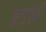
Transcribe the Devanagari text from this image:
कूचुकुट्टी